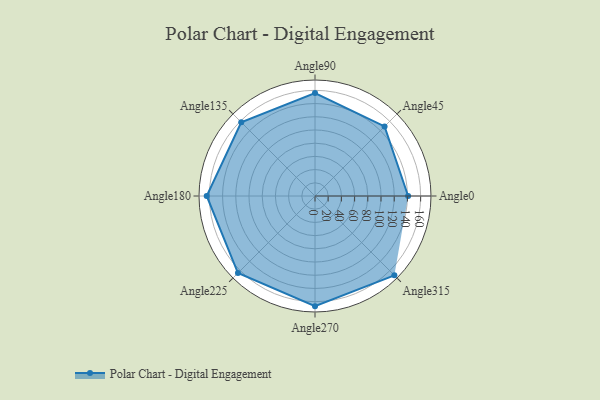
{"axis": {"x": "Angle", "y": "Radius"}, "legend": [""], "data": [{"x": "Angle0", "y": 141.0, "type": ""}, {"x": "Angle45", "y": 149.0, "type": ""}, {"x": "Angle90", "y": 156.0, "type": ""}, {"x": "Angle135", "y": 158.0, "type": ""}, {"x": "Angle180", "y": 164.0, "type": ""}, {"x": "Angle225", "y": 165.0, "type": ""}, {"x": "Angle270", "y": 167.0, "type": ""}, {"x": "Angle315", "y": 170, "type": ""}]}